Annual report of the Punjab Veterinary College and of the Civil Veterinary Department, Punjab - 1909-1919
Year: 1909
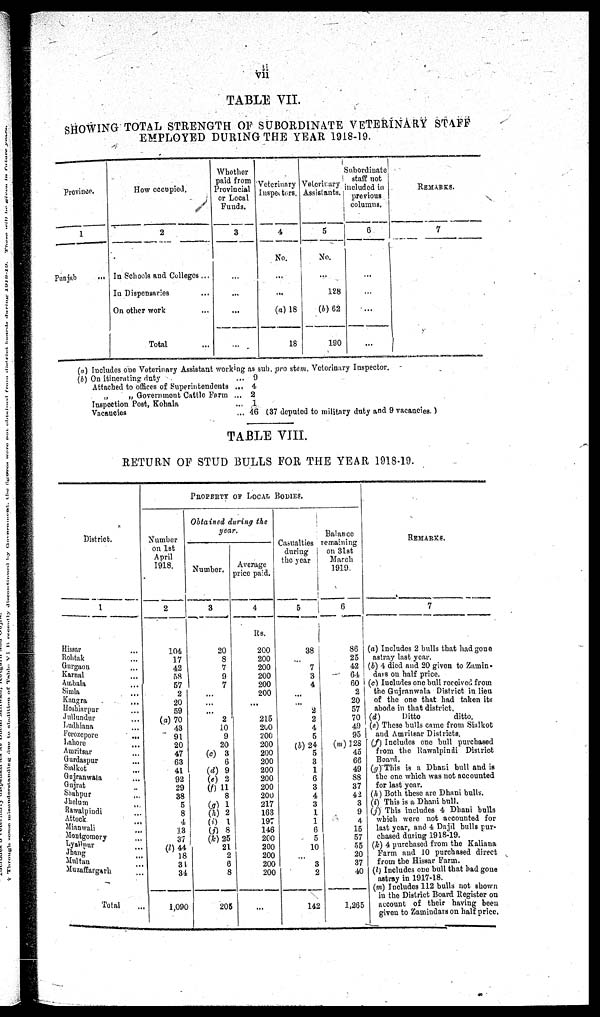
vii
TABLE VII.
SHOWING TOTAL STRENGTH OF SUBORDINATE VETERINARY STAFF
EMPLOYED DURING THE YEAR 1918-19.
Province.
1
Punjab
...
How occupied.
2
In Schools and Colleges ...
In Dispensaries ...
On other work ...
Total ...
Whether
paid from
Provincial
or Local
Funds.
3
...
...
...
...
Veterinary
Inspectors.
4
No.
...
...
(a) 18
18
Veterinary
Assistants.
5
No.
...
128
(b) 62
190
Subordinate
staff not
included in
previous
columns.
6
...
...
...
...
REMARKS.
7
(a)
(b)
Includes one Veterinary Assistant working as sub. pro stem. Veterinary Inspector.
On itinerating duty ...
Attached to offices of Superintendents ...
„
„ Government Cattle Form ...
Inspection Post, Kohala ...
Vacancies ...
9
4
2
1
46 (37 deputed to military duty and 9 vacancies.)
TABLE VIII.
RETURN OF STUD BULLS FOR THE YEAR 1918-19.
District.
1
Hissar ...
Rohtak
...
Gurgaon ...
Karnal ...
Ambala
...
Simla ...
Kangra
...
Hoshiarpur ...
Jullundur ...
Ludhiana ...
Ferozepore
...
Lahore ...
Amritsar
...
Gurdaspur
...
Sialkot ...
Gajranwala ...
Gujrat ...
Shahpur ...
Jhelum ...
Rawalpindi ...
Attock
...
Mianwali ...
Montgomery
...
Lyallpur ...
Jhang ...
Multan ...
Muzaffargarh
...
Total ...
PROPERTY OF LOCAL BODIES.
Number
on 1st
April
1918.
2
104
17
42
58
57
2
20
59
(a) 70
43
91
20
47
63
41
92
29
38
5
8
4
13
37
(l) 44
18
34
34
1,090
Obtained during the
year.
Number.
3
20
8
7
9
7
...
...
...
2
10
9
20
(c) 3
6
(d) 9
(e) 2
(f) 11
8
(g) 1
(h) 2
(i)
1
(j) 8
(k) 25
21
2
6
8
205
Average
price paid.
4
Rs.
200
200
200
200
200
200
...
...
215
200
200
200
200
200
200
200
200
200
217
163
197
146
200
200
200
200
200
...
Casualties
during
the year
5
38
...
7
3
4
...
...
2
2
4
5
(b) 24
5
3
1
6
3
4
3
1
1
6
5
10
...
3
2
142
Balance
remaining
on 31st
March
1919.
6
86
25
42
64
60
2
20
57
70
49
95
(m) 128
45
66
49
88
37
42
3
9
4
15
57
55
20
37
40
1,265
REMARKS.
7
(a) Includes 2 bulls that had gone
astray last year.
(b) 4 died and 20 given to Zamin¬
dars on half price.
(c) Includes one bull received from
the Gujranwala District in lieu
of the one that had taken its
abode in that district.
(d)
Ditto
ditto.
(e) These bulls came from Sialkot
and Amritsar Districts.
(f) Includes one bull purchased
from the Rawalpindi District
Board.
(g) This is a Dhani bull and is
the one which was not accounted
for last year.
(h) Both these are Dhani bulls.
(i) This is a Dhani bull.
(j) This includes 4 Dhani bulls
which were not accounted for
last year, and 4 Dajil bulls pur-
chased during 1918-19.
(k) 4 purchased from the Kaliana
Farm and 10 purchased direct
from the Hisaar Farm.
(l) Includes one bull that had gone
astray in 1917-18.
(m) Includes 112 bulls not shown
in the District Board Register on
account of their having been
given to Zamindars on half price.